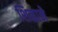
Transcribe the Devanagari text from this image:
शिळाने